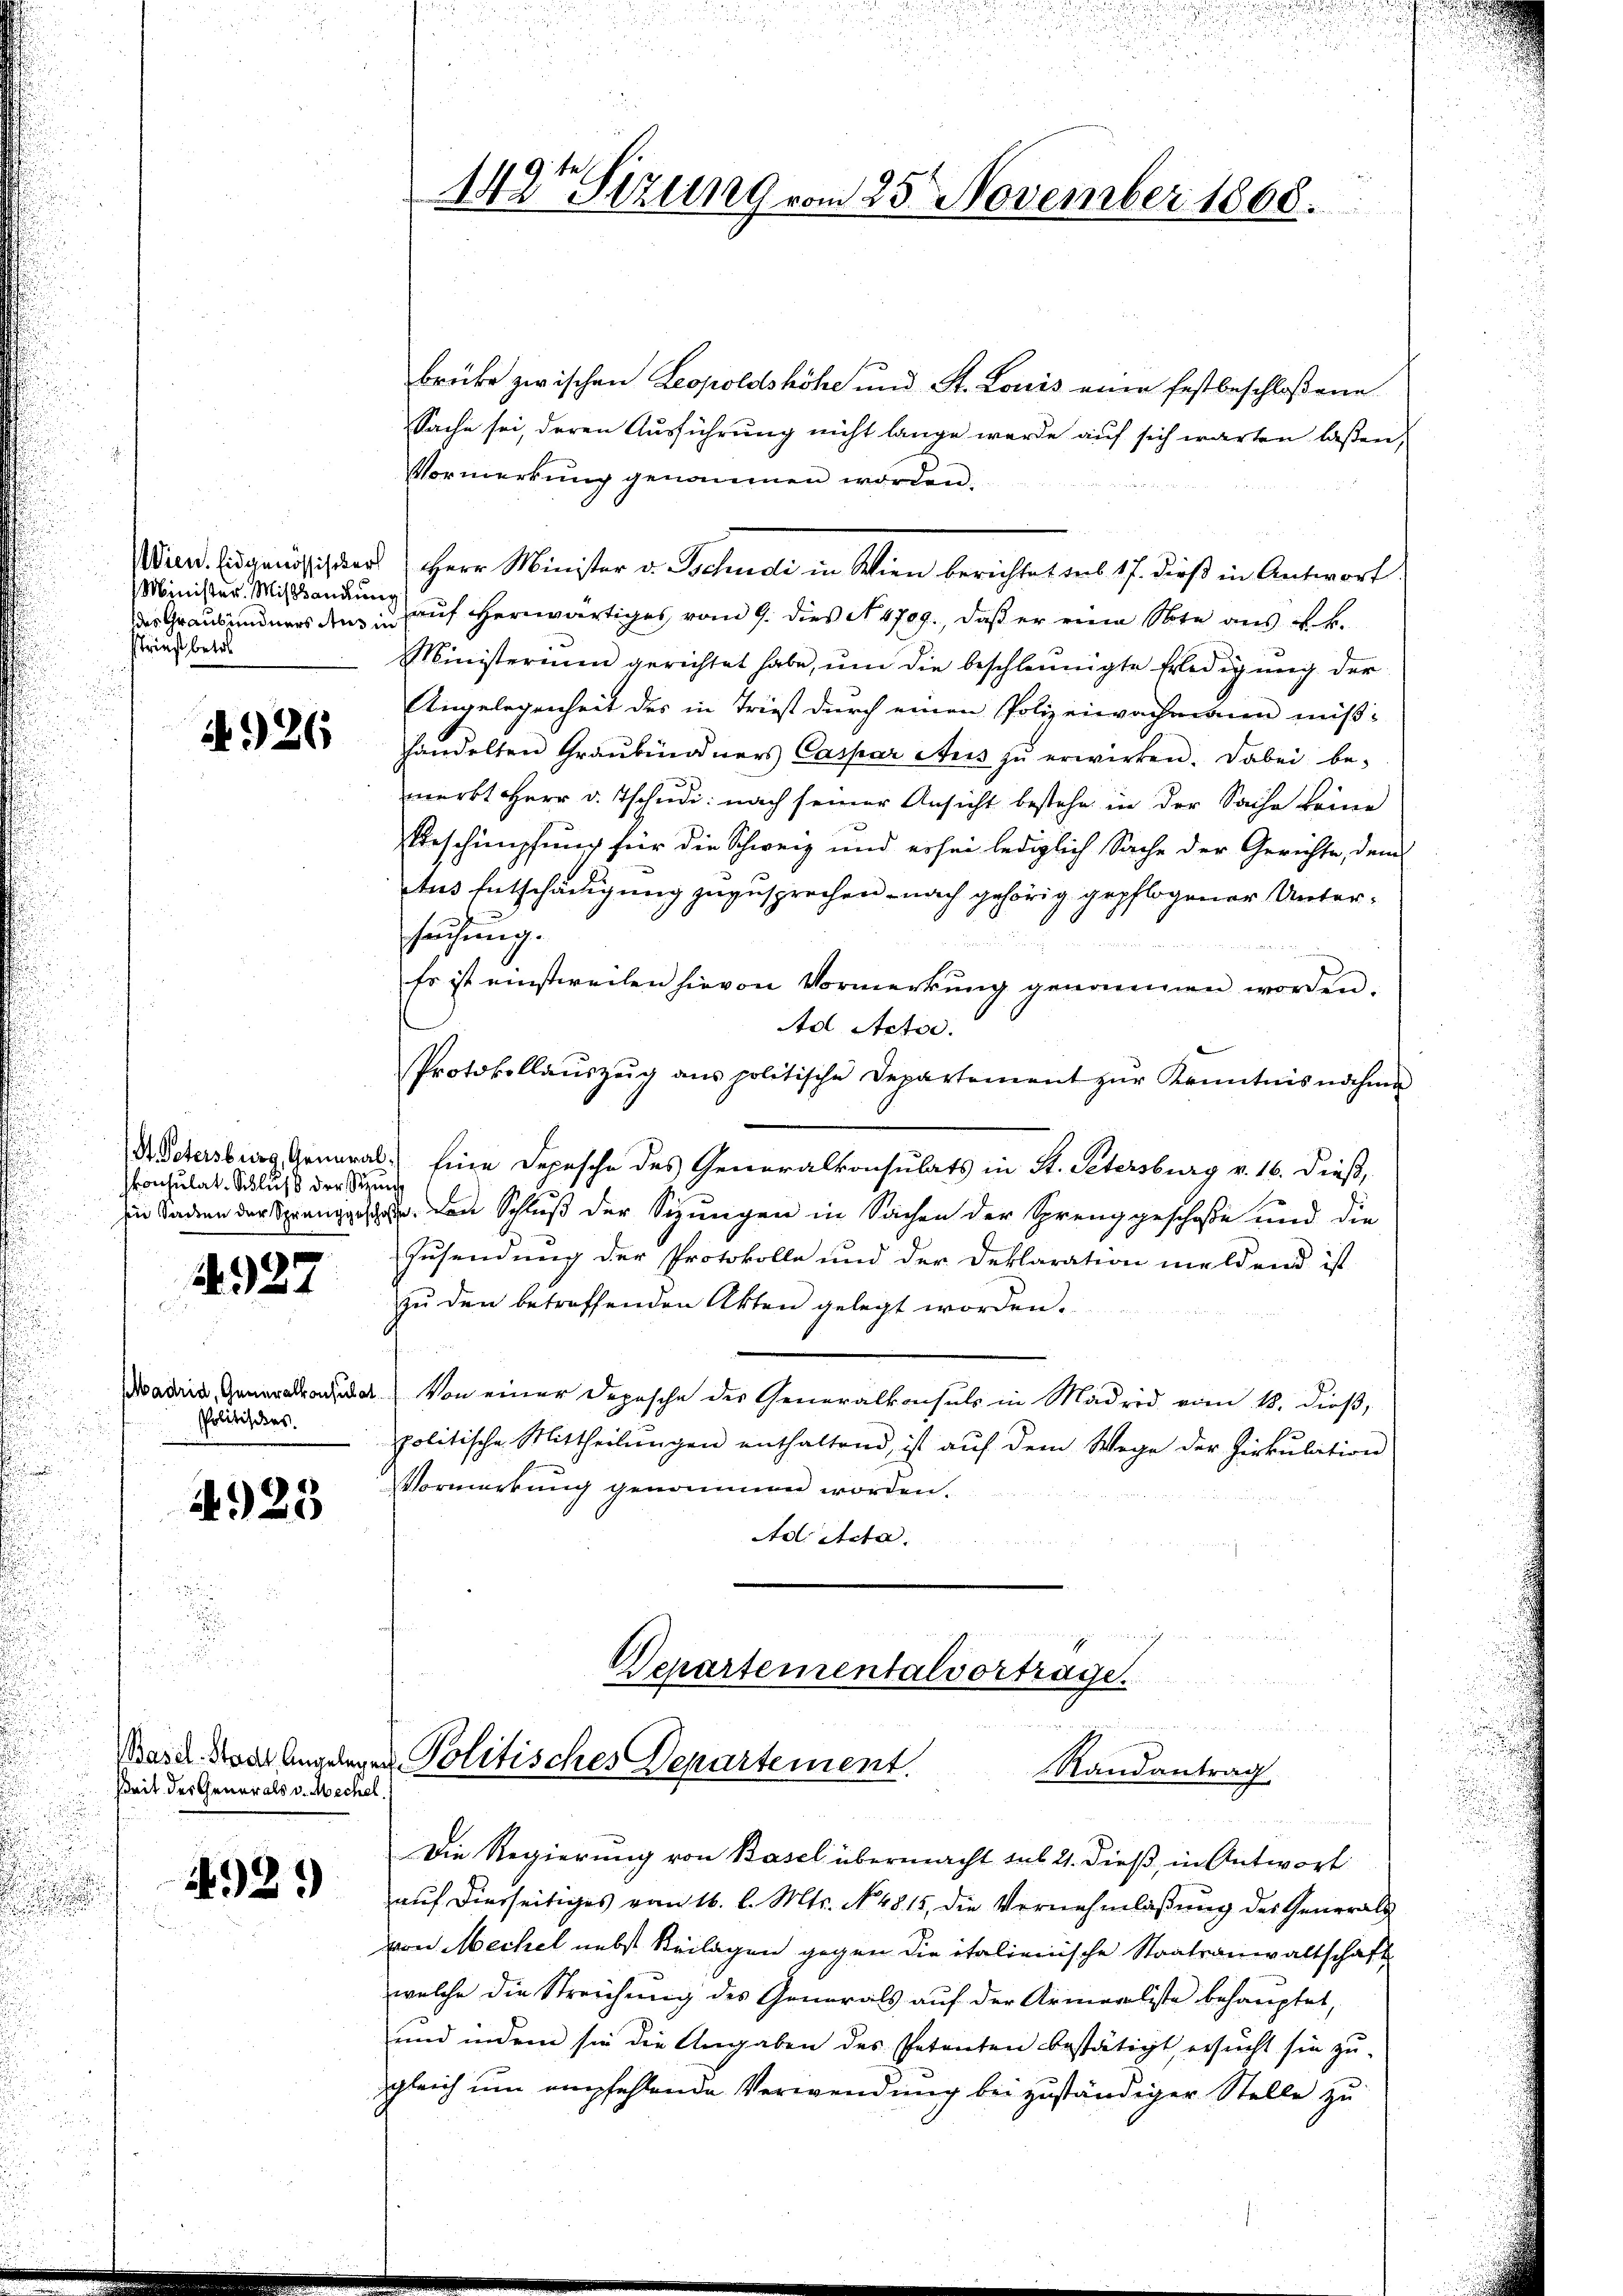
Wien. Eidgenössischer
Minister. Mißhandlung
striest betre

A 326

d Petersburg, General
konsulat. Schluß der St

1927

Elbadrid, Generalkonsulat
Politisches.

4923

Basel-Stadt Angelen
Zeit des Generals v. Mechel

4921)

tes
142 Sizung vom 25. November 1868.

Brücke zwischen Leopoldshöhe und St. Louis eine festbeschloßene
Sache sei, deren Ausführung nicht lange werde auf sich warten laßen,
Vormerkung genommen worden.
Herr Minister v. Schende in Wien berichtet aus 17. dieß in Antwort.
des Graubündners den in auf erwärtiges vom 9. dies N. 4709., daß er eine Note aus ab.
Ministerium gerichtet habe, um die beschleunigte Erledigung der
Angelegenheit des in Triest durch einen Polizeiwachmann mißhandelten Graubündners Caspar Aŭs zŭ erwirken. Dabei be-
merkt Herr v. Tschudi: nach seiner Ansicht bestehe in der Sache keine
Beschimpfung für die Schweiz und er sei lediglich Sache der Gerichte, dem
tus Entschädigung zuzusprechen - nach gehörig gepflogener Unterhausung.
Er ist einstweilen hievon Vormerkŭng genommen worden.
Ad Actor.
Protokollaŭszŭg ans politische Departement zŭr Kenntnisnahme
6. Eine Depesche des Generalkonsulats in St. Petersburg v. 16. dieß,
ech
in Baden der Spranggeschen. Den Schluß der Sizungen in Sachen der Sprenggeschoße und die
Zusendung der Protokolle und der Deklaration meldend ist
zŭ den betreffenden Akten gelegt worden.
Von einer Deposche der Generalkonsuls in Madrid vom 18. dieß,
politische Mittheilŭngen enthaltend, ist auf dem Wege der Zirkulation
Vormerkung genommen worden.
Ad Acta.

Departementalvorträge.
u

Politisches Departement.
Randantrag

Die Regierung von Basel übermacht sub 21. dieß, in Antwort
auf dierseitiges vom 16. l. Mts. No. 4815, die Vernehmlassung des Generals
von Mechel nebst Beilagen gegen die italienische Staatsanwaltschaft
welche die Streichung des Generals auf der Armerliste behauptet,
und indem sie die Angaben des Petenten bestätigt ersucht sie zu-
ggleich um empfehlende Verwendung bei zuständiger Stelle zu